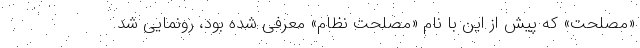
«مصلحت» که پیش از این با نام «مصلحت نظام» معرفی شده بود، رونمایی شد.